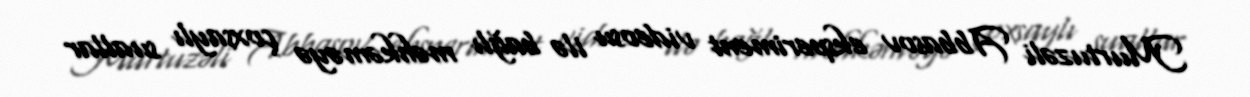
Murtuzəli Abbasov eksperiment videosu ilə bağlı məhkəməyə çoxsaylı suallar